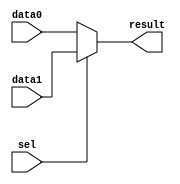
module mux2to1_14bit(data1, data0, sel, result);
	input [13:0] data0, data1;
	input sel;
	output reg [13:0] result;
	
	always@(sel)
	begin
		if (~sel)
		begin
			result <= data0;
		end
		else
		begin
			result <= data1;
		end
	end
endmodule